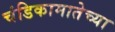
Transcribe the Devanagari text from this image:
चंडिकामातेच्या